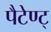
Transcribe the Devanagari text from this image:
पैटेण्ट्‍